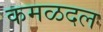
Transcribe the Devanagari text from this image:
कमळदल